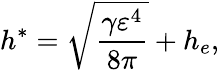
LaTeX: h^{\ast}=\sqrt[]{\frac{\gamma\varepsilon^{4}}{8\pi}}+h_{e},